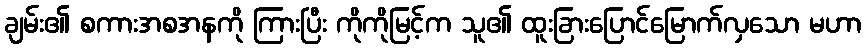
ချမ်း၏ စကားအစအနကို ကြားပြီး ကိုကိုမြင့်က သူ၏ ထူးခြားပြောင်မြောက်လှသော မဟာ